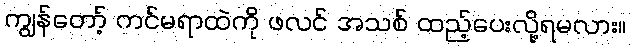
ကျွန်တော့် ကင်မရာထဲကို ဖလင် အသစ် ထည့်ပေးလို့ရမလား။